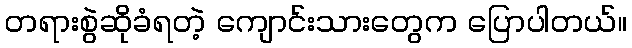
တရားစွဲဆိုခံရတဲ့ ကျောင်းသားတွေက ပြောပါတယ်။